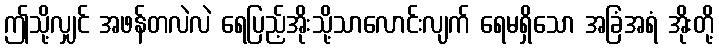
ဤသို့လျှင် အဖန်တလဲလဲ ရေပြည့်အိုးသို့သာလောင်းလျက် ရေမရှိသော အခြံအရံ အိုးတို့